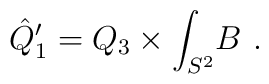
\hat Q'_1 = Q_3 \times \int_{S^2}\! B\ .